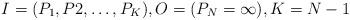
LaTeX: \begin{align*} I=(P_1,P2,\ldots, P_K),O=(P_N=\infty), K=N-1\end{align*}